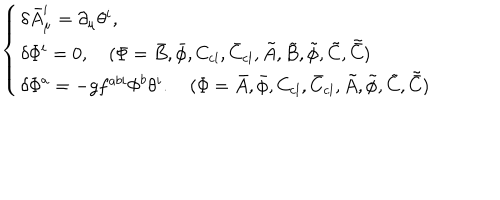
LaTeX: \left\{ \begin{array} { l } { { \delta \bar { A } _ { \mu } ^ { i } = \partial _ { \mu } \theta ^ { i } , } } \\ { { \delta { \mit \Phi } ^ { i } = 0 , \quad ( { \mit \Phi } = \bar { B } , \bar { \phi } , C _ { \mathrm { c l } } , \bar { C } _ { \mathrm { c l } } , \tilde { A } , \tilde { B } , \tilde { \phi } , \tilde { C } , \tilde { \bar { C } } ) } } \\ { { \delta { \mit \Phi } ^ { a } = - g f ^ { a b i } { \mit \Phi } ^ { b } \theta ^ { i } . \quad ( { \mit \Phi } = \bar { A } , \bar { \phi } , C _ { \mathrm { c l } } , \bar { C } _ { \mathrm { c l } } , \tilde { A } , \tilde { \phi } , \tilde { C } , \tilde { \bar { C } } ) } } \\ \end{array} \right.